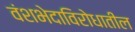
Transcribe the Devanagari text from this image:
वंशभेदाविरोधातील